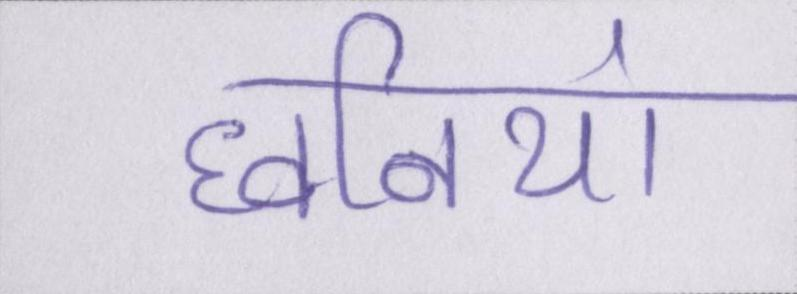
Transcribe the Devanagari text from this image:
घ्वनियां